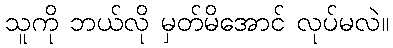
သူကို ဘယ်လို မှတ်မိအောင် လုပ်မလဲ။